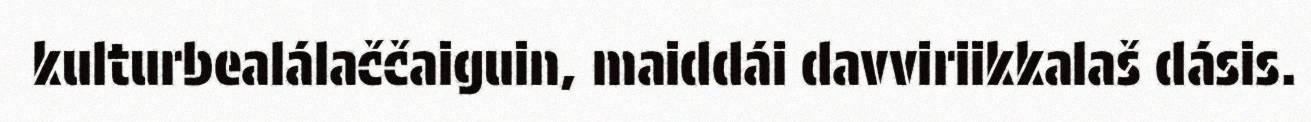
kulturbealálaččaiguin, maiddái davviriikkalaš dásis.